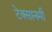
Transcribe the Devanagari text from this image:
टेक्सानमी